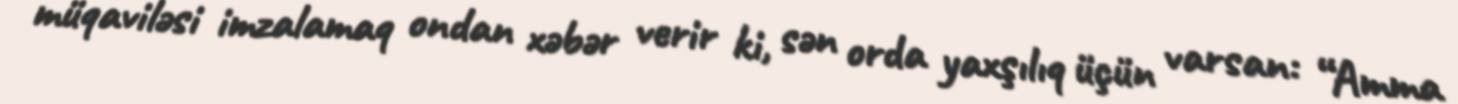
müqaviləsi imzalamaq ondan xəbər verir ki, sən orda yaxşılıq üçün varsan: “Amma